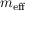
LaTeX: m _ { \mathrm { e f f } }